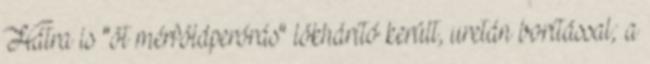
Hátra is "öt mérföldperórás" lökhárító került, uretán borítással; a